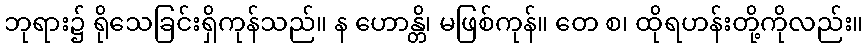
ဘုရား၌ ရိုသေခြင်းရှိကုန်သည်။ န ဟောန္တိ၊ မဖြစ်ကုန်။ တေ စ၊ ထိုရဟန်းတို့ကိုလည်း။